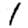
Digit: 1